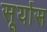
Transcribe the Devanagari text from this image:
सूर्यास